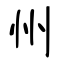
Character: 州